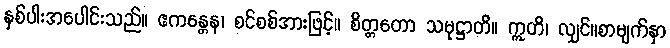
နှစ်ပါးအပေါင်းသည်။ ဧကန္တေန၊ စင်စစ်အားဖြင့်။ စိတ္တတော သမုဋ္ဌာတိ။ ဣတိ၊ လျှင်။စာမျက်နှာ